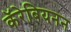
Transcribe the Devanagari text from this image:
कॅरेबियनन